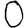
Digit: 0